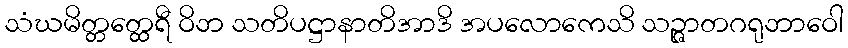
သံဃမိတ္တတ္ထေရီ ဝိဘ သတိပဋ္ဌာနာတိအာဒိ အပလောကေသိ သဉ္ဇာတဂရုဘာဝေါ